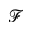
\mathcal { F }